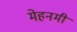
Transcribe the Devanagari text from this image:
मेहनमी